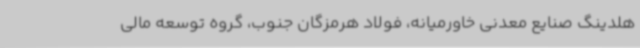
هلدینگ صنایع معدنی خاورمیانه، فولاد هرمزگان جنوب، گروه توسعه مالی